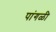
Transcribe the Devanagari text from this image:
पांगळी